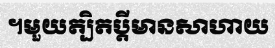
។មួយត្បិតប្តីមានសាហាយ